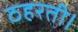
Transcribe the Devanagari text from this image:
ठहरती।